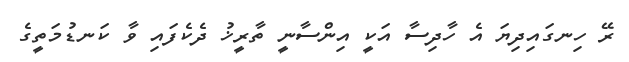
ރޭ ހިނގައިދިޔަ އެ ހާދިސާ އަކީ އިންސާނީ ތާރީޚު ދެކެފައި ވާ ކަނޑުމަތީގެ